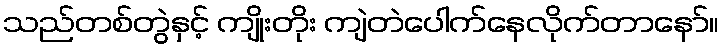
သည်တစ်တွဲနှင့် ကျိုးတိုး ကျဲတဲပေါက်နေလိုက်တာနော်။